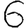
Digit: 6